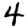
Digit: 4